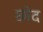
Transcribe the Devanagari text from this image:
छोद